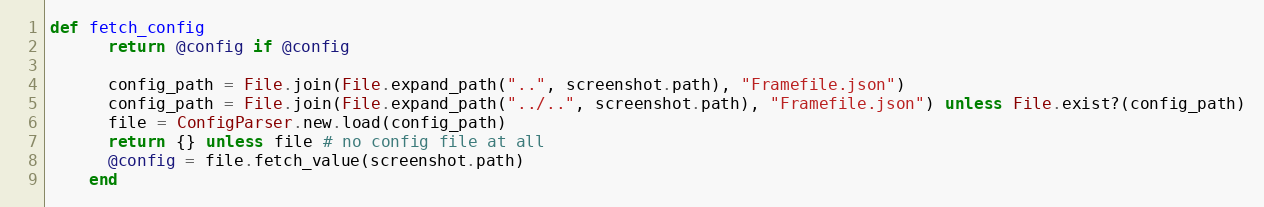
Language: Ruby
def fetch_config
      return @config if @config

      config_path = File.join(File.expand_path("..", screenshot.path), "Framefile.json")
      config_path = File.join(File.expand_path("../..", screenshot.path), "Framefile.json") unless File.exist?(config_path)
      file = ConfigParser.new.load(config_path)
      return {} unless file # no config file at all
      @config = file.fetch_value(screenshot.path)
    end